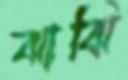
ঝাঝি